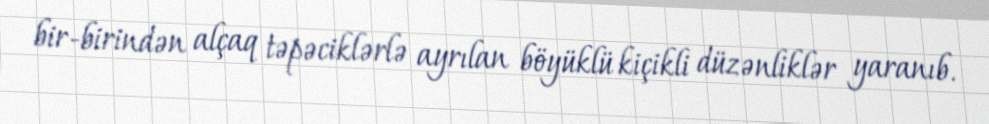
bir-birindən alçaq təpəciklərlə ayrılan böyüklü kiçikli düzənliklər yaranıb.